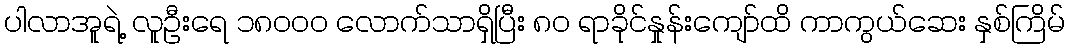
ပါလာအူရဲ့ လူဦးရေ ၁၈၀၀၀ လောက်သာရှိပြီး ၈၀ ရာခိုင်နှုန်းကျော်ထိ ကာကွယ်ဆေး နှစ်ကြိမ်